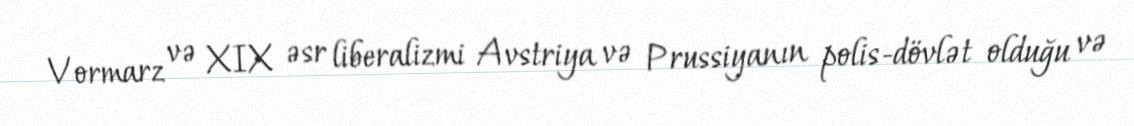
Vormarz və XIX əsr liberalizmi Avstriya və Prussiyanın polis-dövlət olduğu və